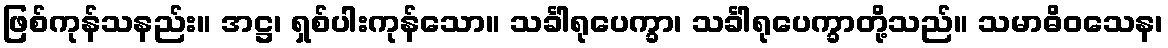
ဖြစ်ကုန်သနည်း။ အဋ္ဌ၊ ရှစ်ပါးကုန်သော။ သင်္ခါရုပေက္ခာ၊ သင်္ခါရုပေက္ခာတို့သည်။ သမာဓိဝသေန၊